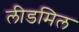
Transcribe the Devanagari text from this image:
लीडमिल